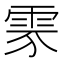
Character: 𩂚